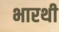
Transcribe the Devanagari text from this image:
भारथी